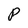
Character: P